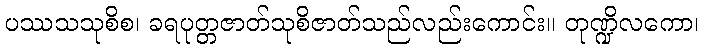
ပဿသသုစိစ၊ ခရပုတ္တဇာတ်သုစိဇာတ်သည်လည်းကောင်း။ တုဏ္ဍိလကော၊